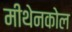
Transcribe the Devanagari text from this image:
मीथेनकोल